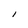
Character: I